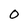
Character: O